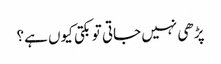
پڑھی نہیں جاتی تو بکتی کیوں ہے؟